Report of the Bombay Plague Committee
Disease focus: Plague
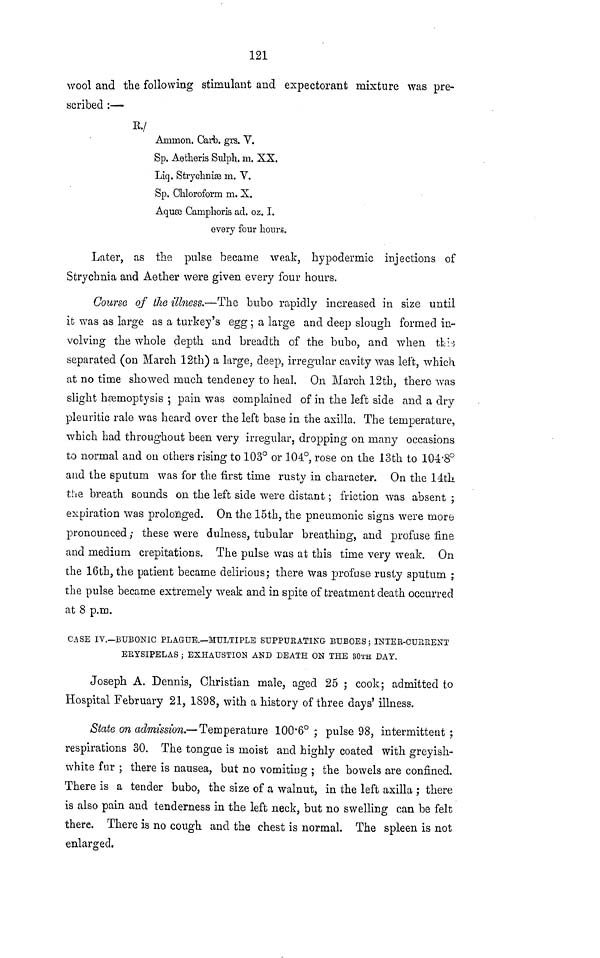
121
wool and the following stimulant and expectorant mixture was pre-
scribed :—
R./
Ammon. Carb. grs. V.
Sp. Aetheris Sulph. m. XX.
Liq. Strychniaa m. V.
Sp. Chloroform m. X.
Aquæ Camplioris ad. oz. I.
every four hours.
Later, as the pulse became weak, hypodermic injections of
Strychnia and Aether were given every four hours.
Course of the illness.—The bubo rapidly increased in size until
it was as large as a turkey's egg ; a large and deep slough formed in-
volving the whole depth and breadth of the bubo, and when this
separated (on March 12th) a large, deep, irregular cavity was left, which
at no time showed much tendency to heal. On March 12th, there was
slight hæmoptysis ; pain was complained of in the left side and a dry
pleuritic rale was heard over the left base in the axilla. The temperature,
which had throughout been very irregular, dropping on many occasions
to normal and on others rising to 103° or 104°, rose on the 13th to 104·8°a
nd the sputum was for the first time rusty in character. On the 14th
the breath sounds on the left side were distant ; friction was absent ;
expiration was prolonged. On the 15th, the pneumonic signs were more
pronounced ; these were dulness, tubular breathing, and profuse fine
and medium crepitations. The pulse was at this time very weak. On
the 16th, the patient became delirious; there was profuse rusty sputum ;
the pulse became extremely weak and in spite of treatment death occurred
at 8 p.m.
CASE IV.—BUBONIC PLAGUE.—MULTIPLE SUPPURATING BUBOES; INTER-CURRENT
ERYSIPELAS ; EXHAUSTION AND DEATH ON THE BOTH DAY.
Joseph A. Dennis, Christian male, aged 25 ; cook; admitted to
Hospital February 21, 1898, with a history of three days' illness.
State on admission.— Temperature 100·6° ; pulse 98, intermittent ;
respirations 30. The tongue is moist and highly coated with greyish-
white fur ; there is nausea, but no vomiting ; the bowels are confined.
There is a tender bubo, the size of a walnut, in the left axilla ; there
is also pain and tenderness in the left neck, but no swelling can be felt
there. There is no cough and the chest is normal. The spleen is not
enlarged.